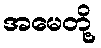
အမေတို့